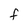
Character: f